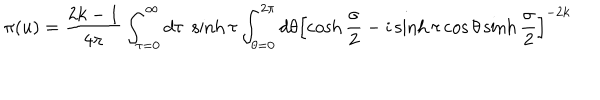
LaTeX: \pi ( u ) = \frac { 2 k - 1 } { 4 \pi } \int _ { \tau = 0 } ^ { \infty } d \tau \; \sinh \tau \int _ { \theta = 0 } ^ { 2 \pi } d \theta \left[ \cosh \frac { \sigma } { 2 } - i \sinh \tau \cos \theta \sinh \frac { \sigma } { 2 } \right] ^ { - 2 k }